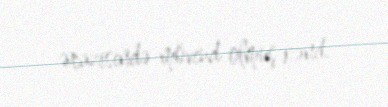
ərazisində mövcud olmuş kənd.